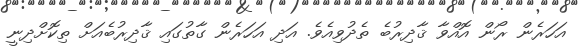
އަހަރެން ރޯން އޮއްވާ ޤާދިރުބެ ތެދުވިއެވެ. އަދި އަހަރެން ގާތުގައި ޤާދިރުބެއަށް ތިކޮށްދިނީ